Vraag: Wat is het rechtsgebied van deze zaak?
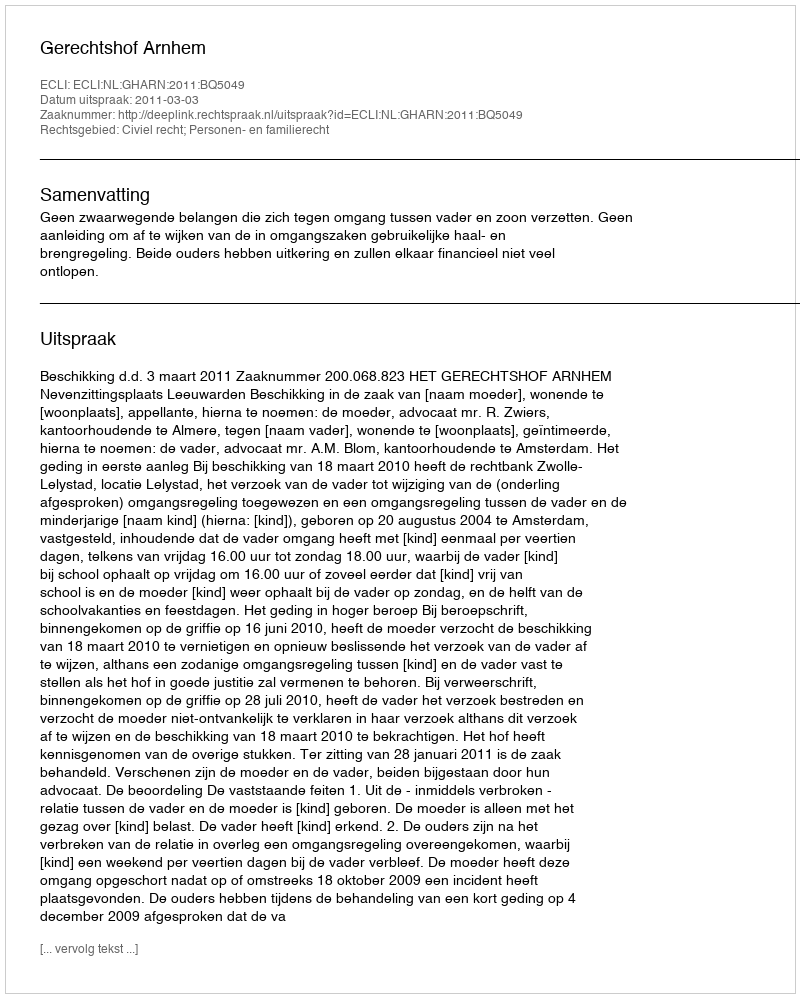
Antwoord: Civiel recht; Personen- en familierecht